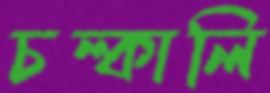
চল্‌কালি